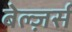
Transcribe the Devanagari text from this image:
बेल्ज़र्स